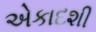
એકાદશી